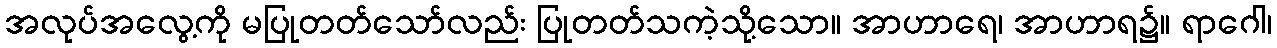
အလုပ်အလွေ့ကို မပြုတတ်သော်လည်း ပြုတတ်သကဲ့သို့သော။ အာဟာရေ၊ အာဟာရ၌။ ရာဂေါ၊